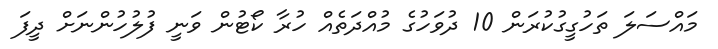
މައްސަލަ ތަހުގީގުކުރަން 10 ދުވަހުގެ މުއްދަތެއް ހުރާ ކޯޓުން ވަނީ ފުލުހުންނަށް ދީފަ